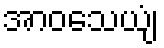
အာဝသေယျံ